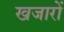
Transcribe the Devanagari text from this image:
खजारों